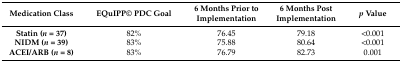
<table><thead><tr><td><b>Medication Class</b></td><td><b>EQuIPP© PDC Goal</b></td><td><b>6 Months Prior to Implementation</b></td><td><b>6 Months Post Implementation</b></td><td><b><i>p</i> Value</b></td></tr></thead><tbody><tr><td><b>Statin (<i>n</i> = 37)</b></td><td>82%</td><td>76.45</td><td>79.18</td><td>&lt;0.001</td></tr><tr><td><b>NIDM (<i>n</i> = 39)</b></td><td>83%</td><td>75.88</td><td>80.64</td><td>&lt;0.001</td></tr><tr><td><b>ACEI/ARB (<i>n</i> = 8)</b></td><td>83%</td><td>76.79</td><td>82.73</td><td>0.001</td></tr></tbody></table>